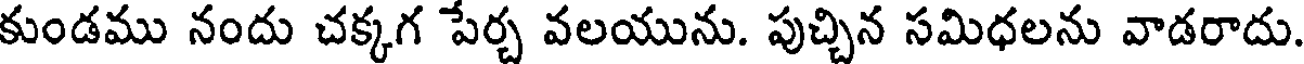
కుండము నందు చక్కగ పేర్చ వలయును. పుచ్చిన సమిధలను వాడరాదు.